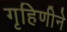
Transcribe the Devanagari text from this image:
गृहिणीने